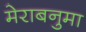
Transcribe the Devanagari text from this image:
मेराबनुमा